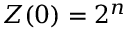
Z ( 0 ) = 2 ^ { n }